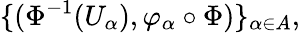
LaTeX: \{ (\Phi^{-1}(U_{\alpha}),\varphi_{\alpha}\circ\Phi)\} _{\alpha\in A},